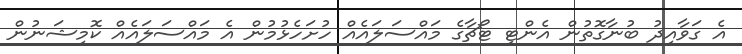
އެ ގަވާއިދު ބުނާގޮތުން އެންޓި ޓޯޗާގެ މައްސަލައެއް ހުށަހެޅުމުން އެ މައްސަލައެއް ކޮމިޝަނުން